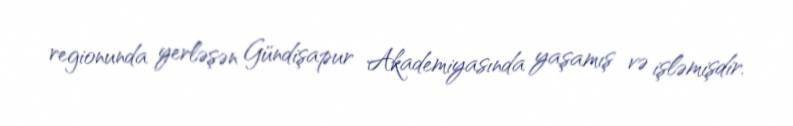
regionunda yerləşən Gündişapur Akademiyasında yaşamış və işləmişdir.